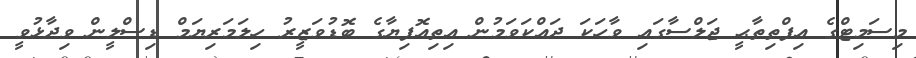
މިސަމިޓްގެ އިފްތިތާޙީ ޖަލްސާގައި ވާހަކަ ދައްކަވަމުން އިތިއޮޕިޔާގެ ބޮޑުވަޒީރު ހިލަމަރިޔަމް ޑިސްލީން ވިދާޅުވީ